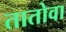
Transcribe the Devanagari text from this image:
तातोवा